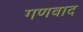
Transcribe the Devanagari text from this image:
गणवाद